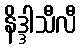
နိဒ္ဒါသီလီ